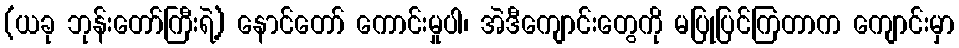
(ယခု ဘုန်းတော်ကြီးရဲ့) နောင်တော် ကောင်းမှုပါ၊ အဲဒီကျောင်းတွေကို မပြုပြင်ကြတာက ကျောင်းမှာ